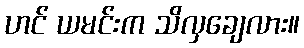
ဟင် ယမင်းက သိလှချေလား။